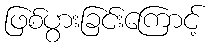
ဖြစ်ပွားခြင်းကြောင့်